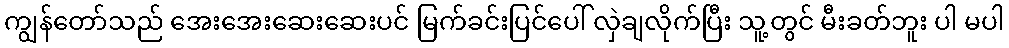
ကျွန်တော်သည် အေးအေးဆေးဆေးပင် မြက်ခင်းပြင်ပေါ် လှဲချလိုက်ပြီး သူ့တွင် မီးခတ်ဘူး ပါ မပါ